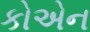
કોએન